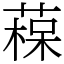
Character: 𦹂